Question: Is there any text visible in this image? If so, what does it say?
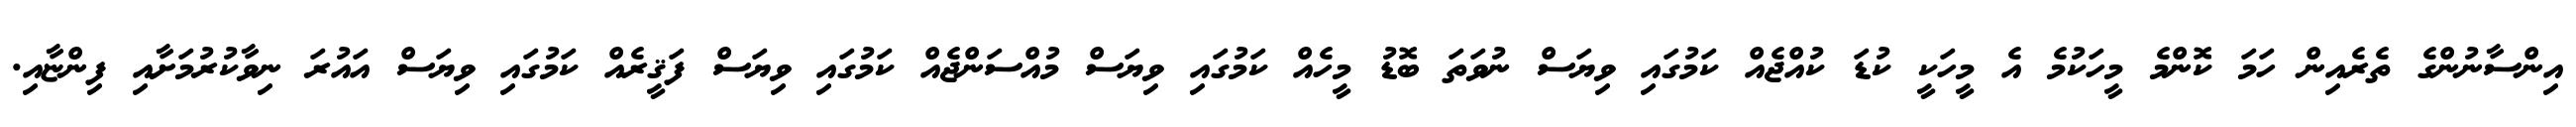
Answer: އިންސާނުންގެ ތެރެއިން ހަމަ ކޮންމެ މީހަކުމެ އެ މީހަކީ ކުޑަ ކުއްޖެއް ކަމުގައި ވިޔަސް ނުވަތަ ބޮޑު މީހެއް ކަމުގައި ވިޔަސް މުއްސަންޖެއް ކަމުގައި ވިޔަސް ފަޤީރެއް ކަމުގައި ވިޔަސް އައުރަ ނިވާކުރުމަށާއި ފިންޏާއި.